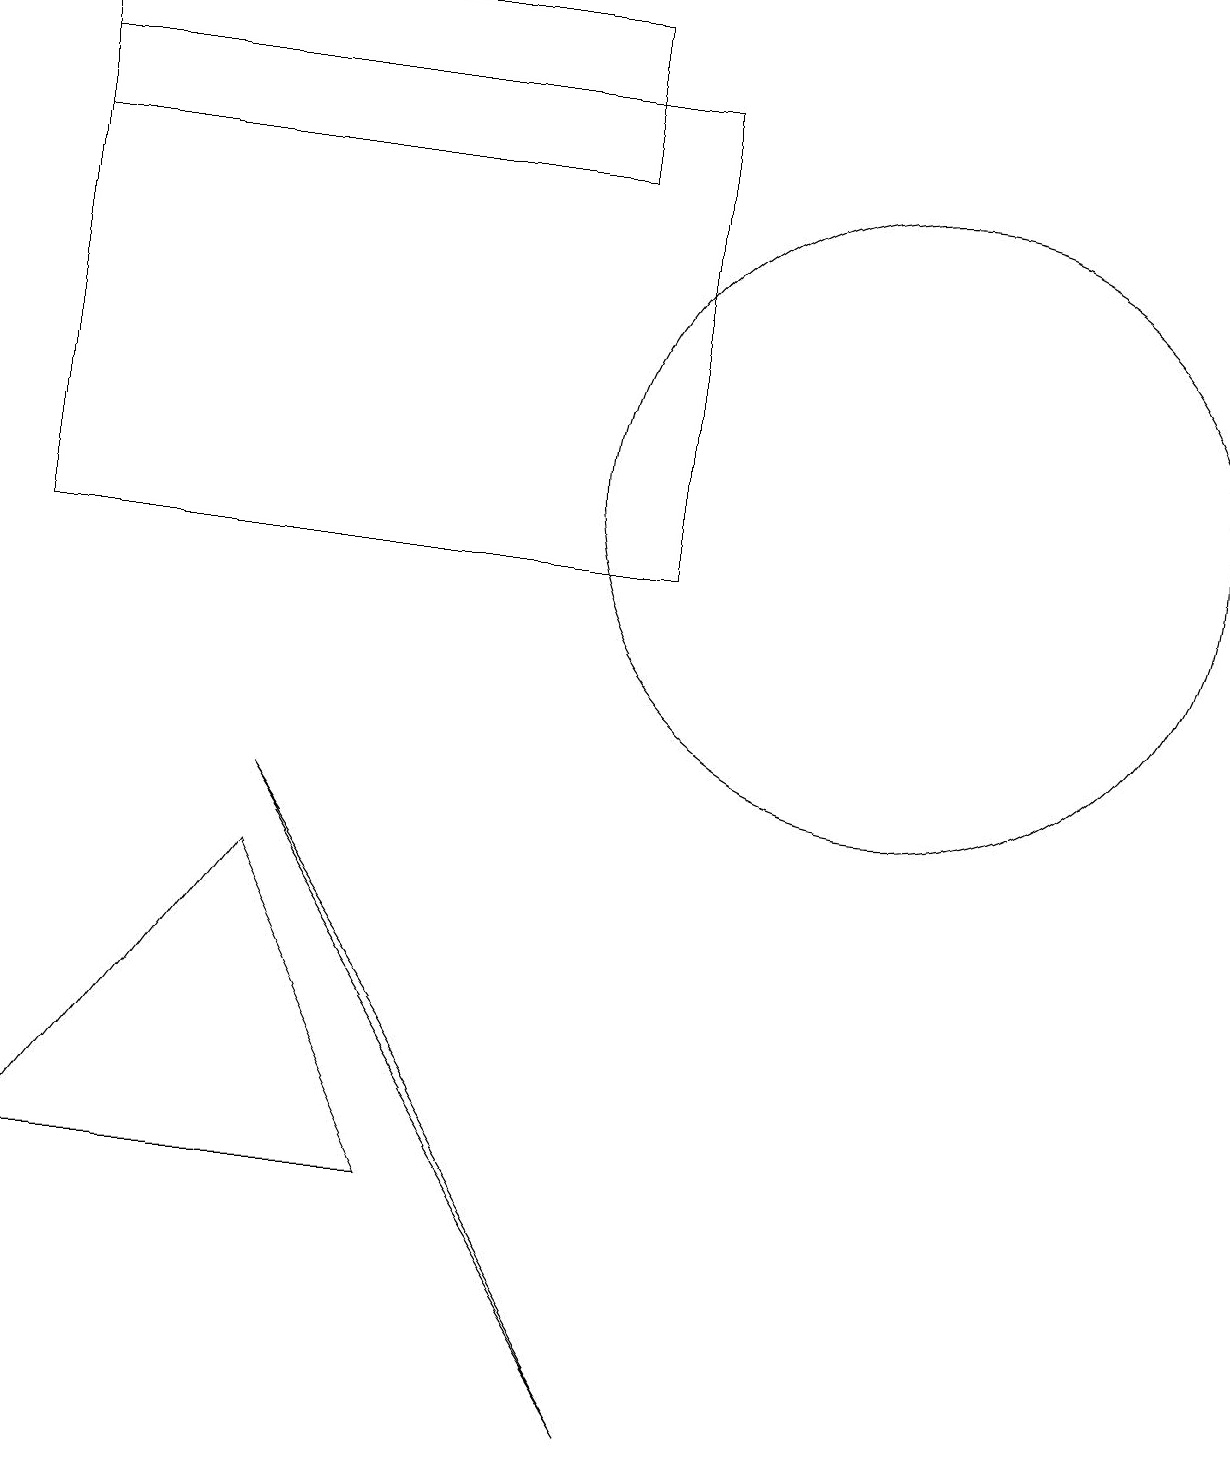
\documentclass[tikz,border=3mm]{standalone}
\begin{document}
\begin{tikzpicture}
\draw (6,3) -- (1,3) -- (4,7) -- cycle;
\draw (9,17) rectangle (1,11);
\draw (8,18) rectangle (1,16);
\draw (4,8) -- (9,0) -- (6,5) -- cycle;
\draw (12,12) circle (4);
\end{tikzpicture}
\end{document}